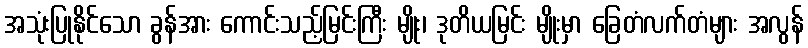
အသုံးပြုနိုင်သော ခွန်အား ကောင်းသည့်မြင်းကြီး မျိုး၊ ဒုတိယမြင်း မျိုးမှာ ခြေတံလက်တံများ အလွန်